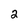
Character: 2